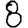
Digit: 8